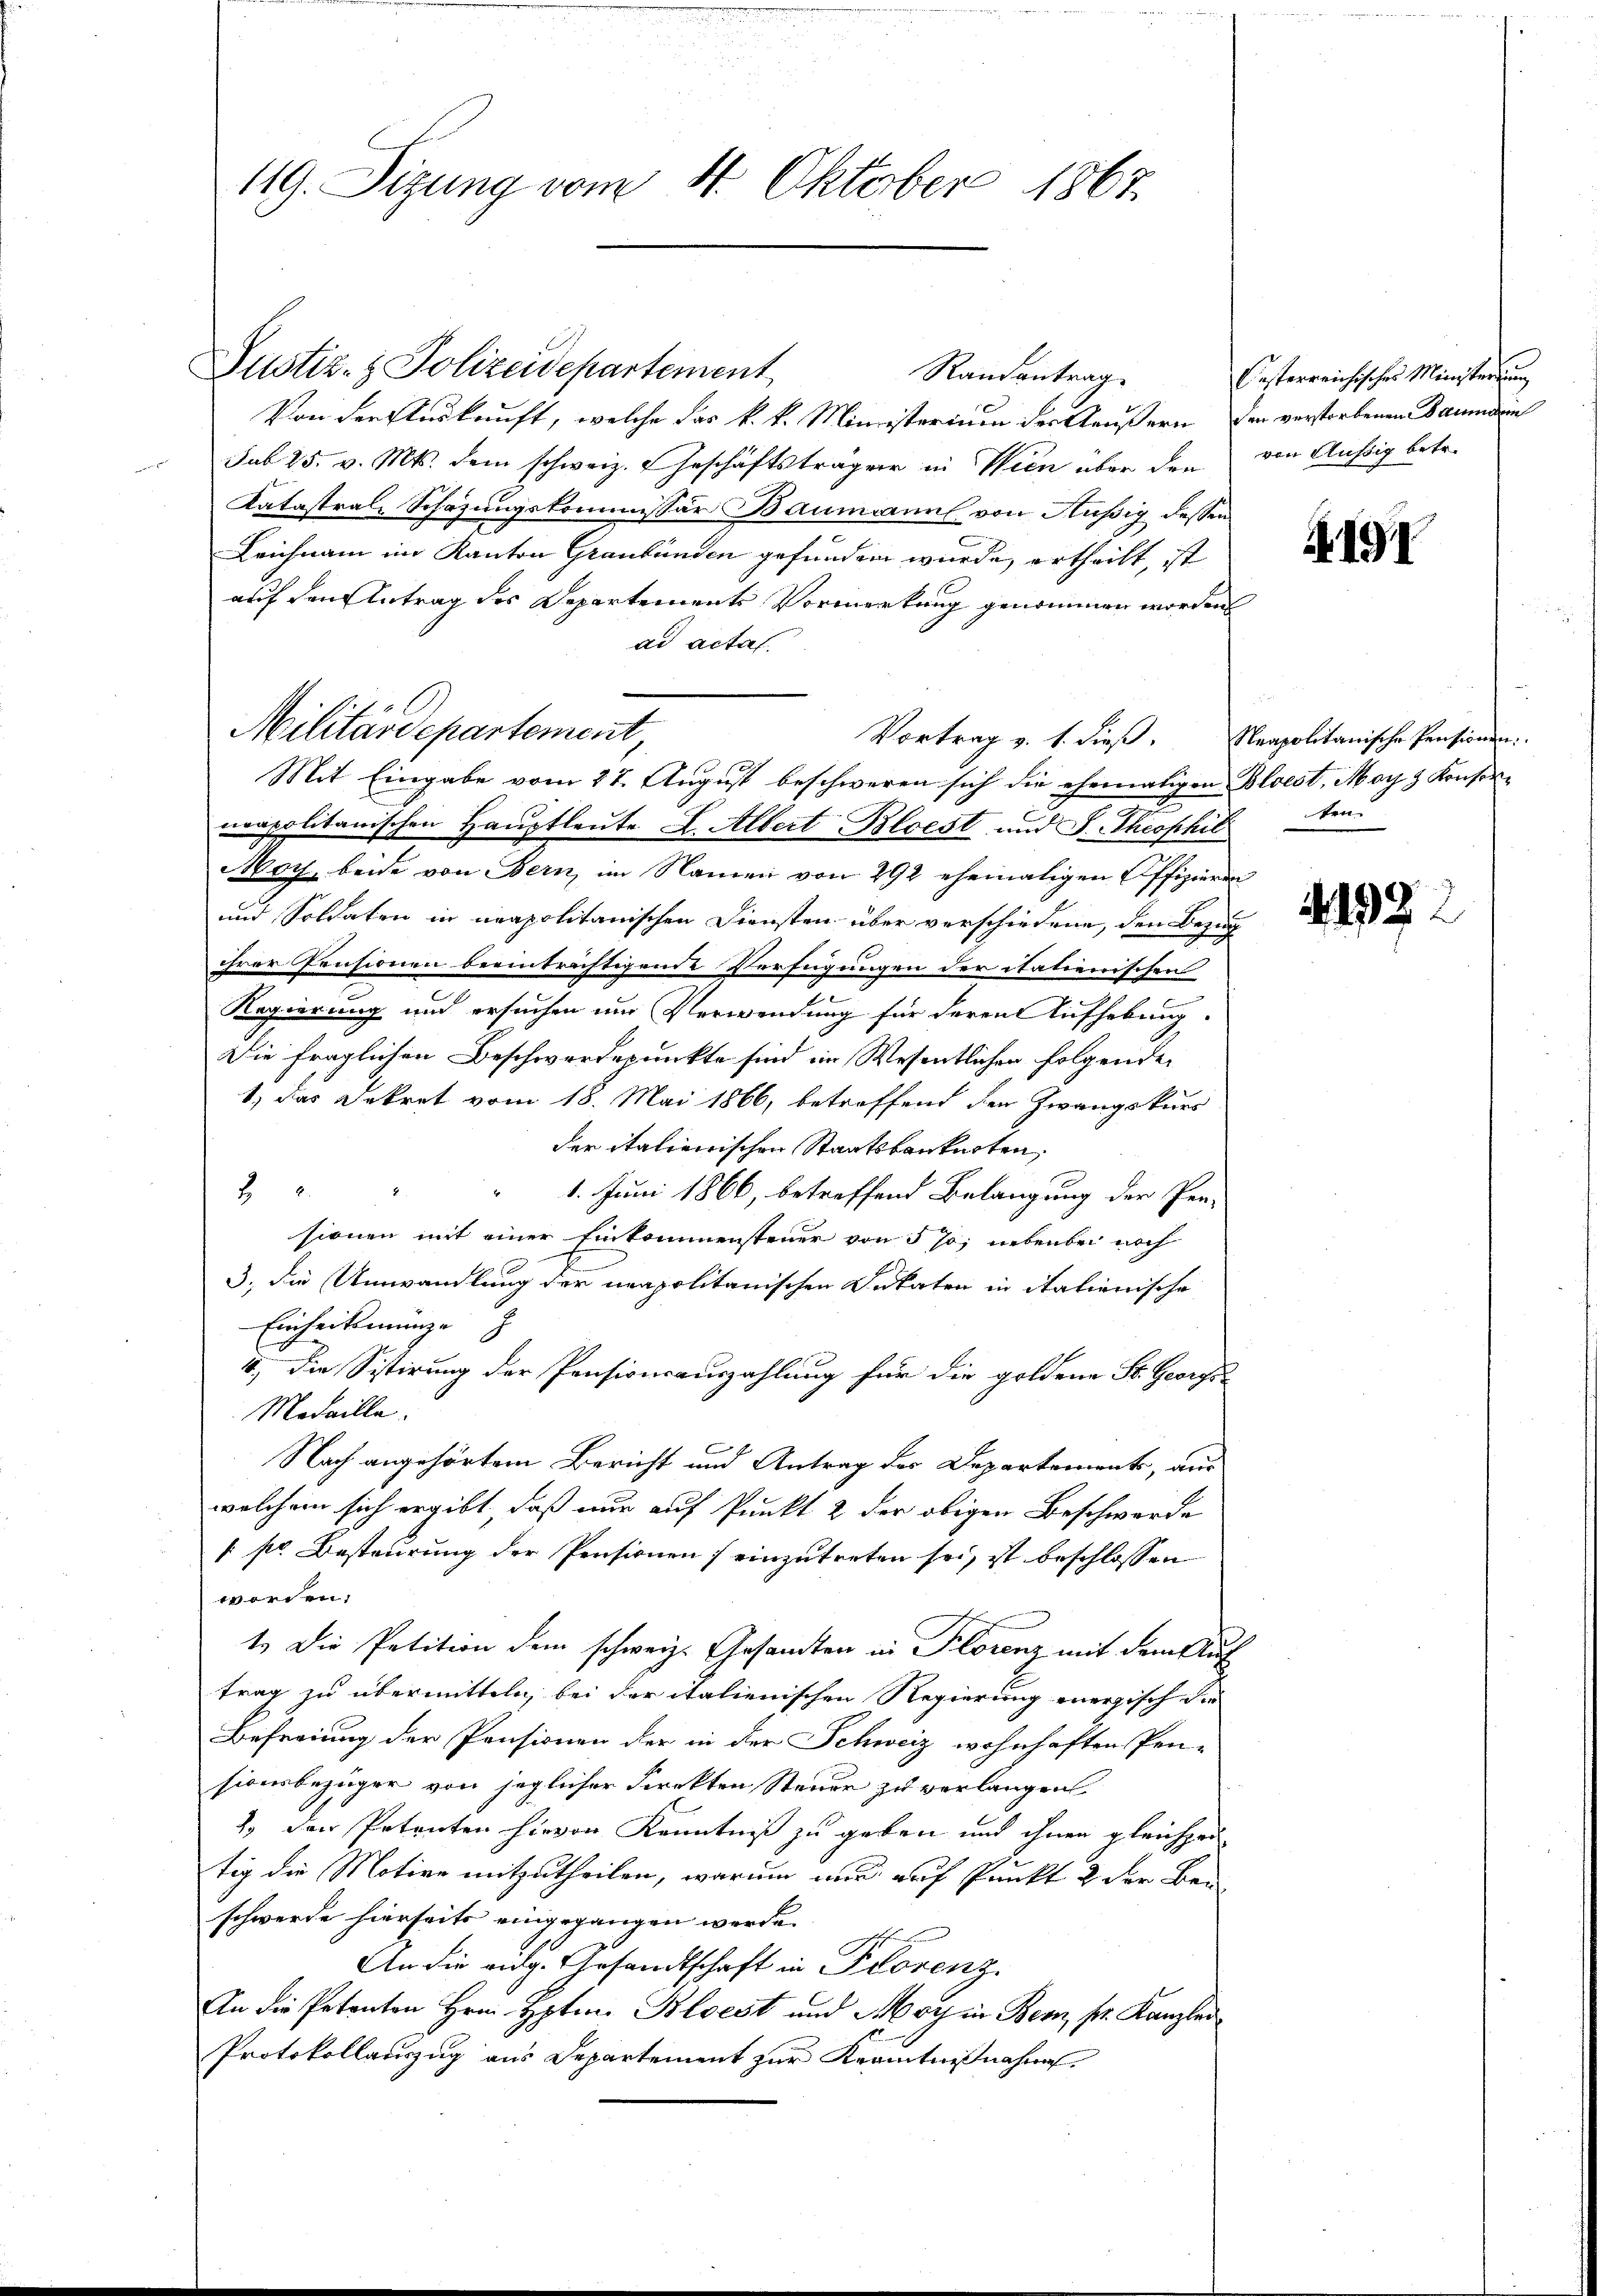
119. Sizung vom 4. Oktober 1867.

Randantrag
Von der Auskunft, welche das k. k. Ministerium der Aeußern der verstorbenen Baumerin
sub 25. v. Mts. dem schweiz. Geschäftsträger in Wien über den von Äußig betr.
Katastral, Schazungskommissär Baumann von Küßig dessen
Leichnam im Kanton Graubünden gefunden wurde, ertheilt, ist
auf den Antrag des Departements Vormerkung genommen worden
ad acta
Militärdepartement,
Vortrag v. 1. dieβ. Neapolitanische Pensionen.
Mit Eingabe vom 27. August beschweren sich die ehemaligen Bloest, Mag & Konsorncapalitanischen Hauptleute L. Albert Bloest und S. Theophilten
Moch, beide von Bern, im Namen von 292 ehemaligen Offizieren
und Soldaten in neapolitanischen Diensten über verschiedene, den Bezug
ihrer Pensionen beeinträchtigende Verfügungen der italienischen
e
Regierung und ersuchen und Verwendung für deren Aufhebung.
Die fraglichen Beschwerdepunkte sind im Wesentlichen folgende
1.) das Dekret vom 18. Mai 1866, betreffend den Zwangskurs
der italienischen Staatskanknoten,
2
" 1. Juni 1866, betreffend Belangung der Per-
sionen mit einer Einkommensteuer von 5 %; nebenbei noch
3., die Umwandlung der neapolitanischen Dukaten in italienische
Einheitsmünze
4, die Sistirung der Pensionsauszahlung für die goldene St. Georgs
Medaille.
Nach angehörtem Bericht und Antrag der Departements, aus
welchem sich ergibt, daß nur auf Punkt 2 der obigen Beschwerde
 pr. Besteurung der Pensionen) einzutreten sei, ist beschlossen
worden.
1. Die Petition dem schweiz. Gesandten in Florenz mit dem Auf
trag zu übermitteln, bei der italienischen Regierung energisch der
Befreiung der Pensionen der in der Schweiz wohnhaften Pen-
sionsbezüger von jeglicher Direkten Steuer zu verlangen
2. der Petenten hievon Kenntniß zu geben und ihnen gleichzei
tig die Motive mitzutheilen, warum nur auf Punkt 2 der Bei
schwerde hierseits eingegangen werde.
An die eidg. Gesandtschaft in Florenz
An die Petenton Hrn. Hpten Bloest und May in Bern pr. Kanzlei
Protokollauszug aus Departement zur Kenntnißnahme

Justiz- & Polizeidepartement

Casterreichisches Ministerung

A191

192